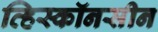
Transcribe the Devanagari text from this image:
व्हिस्कॉनसीन